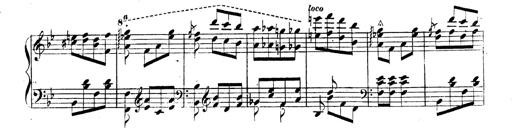
Title: 3 Caprices-Valses
Composer: Franz Liszt